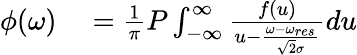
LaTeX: \begin{array}{rl}{\phi(\omega)}&{{}=\frac{1}{\pi}P\int_{-\infty}^{\infty}\frac{f(u)}{u-\frac{\omega-\omega_{res}}{\sqrt{2}\sigma}}du}\end{array}